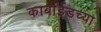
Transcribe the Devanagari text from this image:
कार्बाईडच्या